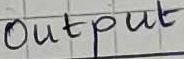
Text: Output